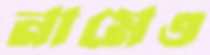
নামেও